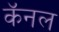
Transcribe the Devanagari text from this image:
कॅनल